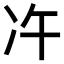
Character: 𠖴